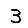
Digit: 3